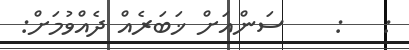
:   :    ސަންއަށް ޚަބަރެއް ދެއްވުމަށް: